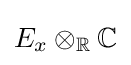
E_{x}\otimes _{\mathbb {R} }\mathbb {C}